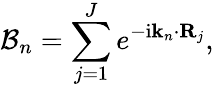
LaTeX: \mathcal{B}_{n}=\sum_{j=1}^{J}e^{-\mathrm{i}\mathbf{k}_{n}\cdot\mathbf{R}_{j}},